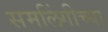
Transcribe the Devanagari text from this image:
समलिंगीच्या